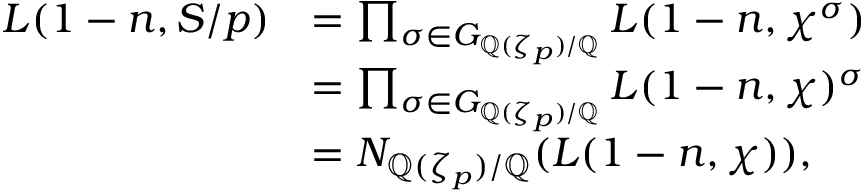
\begin{array} { r l } { L ( 1 - n , S / p ) } & { = \prod _ { \sigma \in G _ { \mathbb { Q } ( \zeta _ { p } ) / \mathbb { Q } } } L ( 1 - n , \chi ^ { \sigma } ) } \\ & { = \prod _ { \sigma \in G _ { \mathbb { Q } ( \zeta _ { p } ) / \mathbb { Q } } } L ( 1 - n , \chi ) ^ { \sigma } } \\ & { = N _ { \mathbb { Q } ( \zeta _ { p } ) / \mathbb { Q } } ( L ( 1 - n , \chi ) ) , } \end{array}